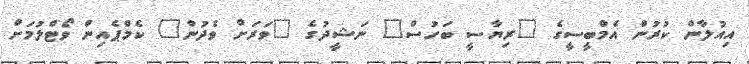
އިއުލާން ކުރުން އެމްބީސީގެ "ރިޔާސީ ބަހުސް" ނަޝީދުގެ "ވަރަށް ވެދުން" ކެމްޕެއިން ވޯޓްލުމަށް